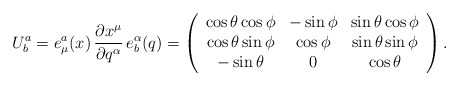
\begin{align*} U^a_b = e^a_\mu (x) \, \frac{\partial x^\mu}{\partial q^\alpha}\, e^\alpha_b (q) = \left(\begin{array}{ccc} \cos \theta \cos \phi & - \sin \phi & \sin \theta \cos \phi \\ \cos \theta \sin \phi & \cos \phi & \sin \theta \sin \phi \\ - \sin \theta & 0 & \cos \theta\end{array} \right).\end{align*}